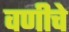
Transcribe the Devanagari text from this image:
वणीचे